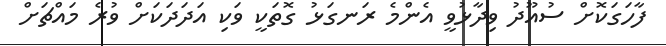
ފާހަގަކޮށް ސުއޫދު ވިދާޅުވީ އެންމެ ރަނގަޅު ގޮތަކީ ވަކި އަދަދަކަށް ވުރެ މައްޗަށް